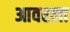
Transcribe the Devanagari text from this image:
आवरला